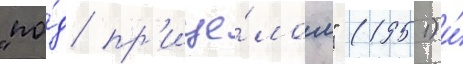
"по́д пр'ице́лом" (1951) и́